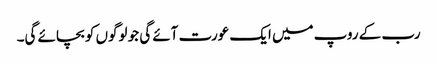
رب کے روپ میں ایک عورت آئے گی جو لوگوں کو بچائے گی۔